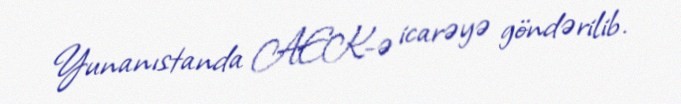
Yunanıstanda AEK-ə icarəyə göndərilib.